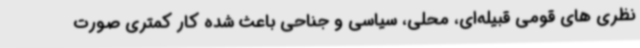
نظری های قومی قبیله‌ای، محلی، سیاسی و جناحی باعث شده کار کمتری صورت